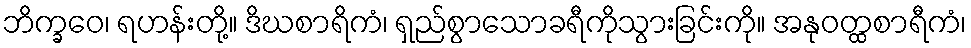
ဘိက္ခဝေ၊ ရဟန်းတို့။ ဒိဃစာရိကံ၊ ရှည်စွာသောခရီကိုသွားခြင်းကို။ အနုဝတ္ထစာရီကံ၊